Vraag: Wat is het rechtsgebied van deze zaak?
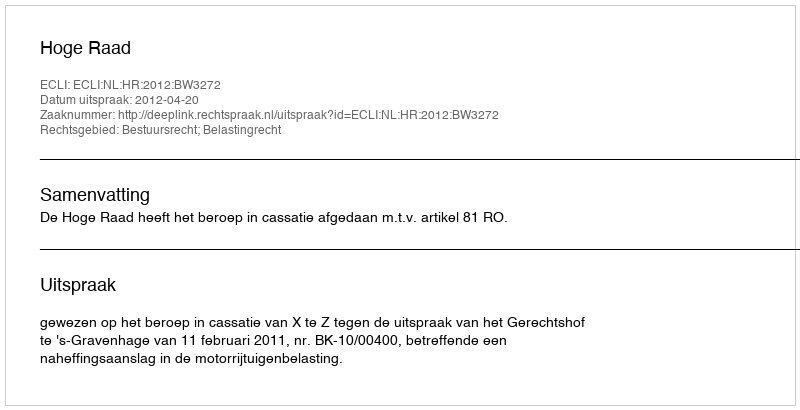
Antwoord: Bestuursrecht; Belastingrecht